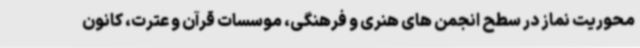
محوریت نماز در سطح انجمن های هنری و فرهنگی، موسسات قرآن و عترت، کانون